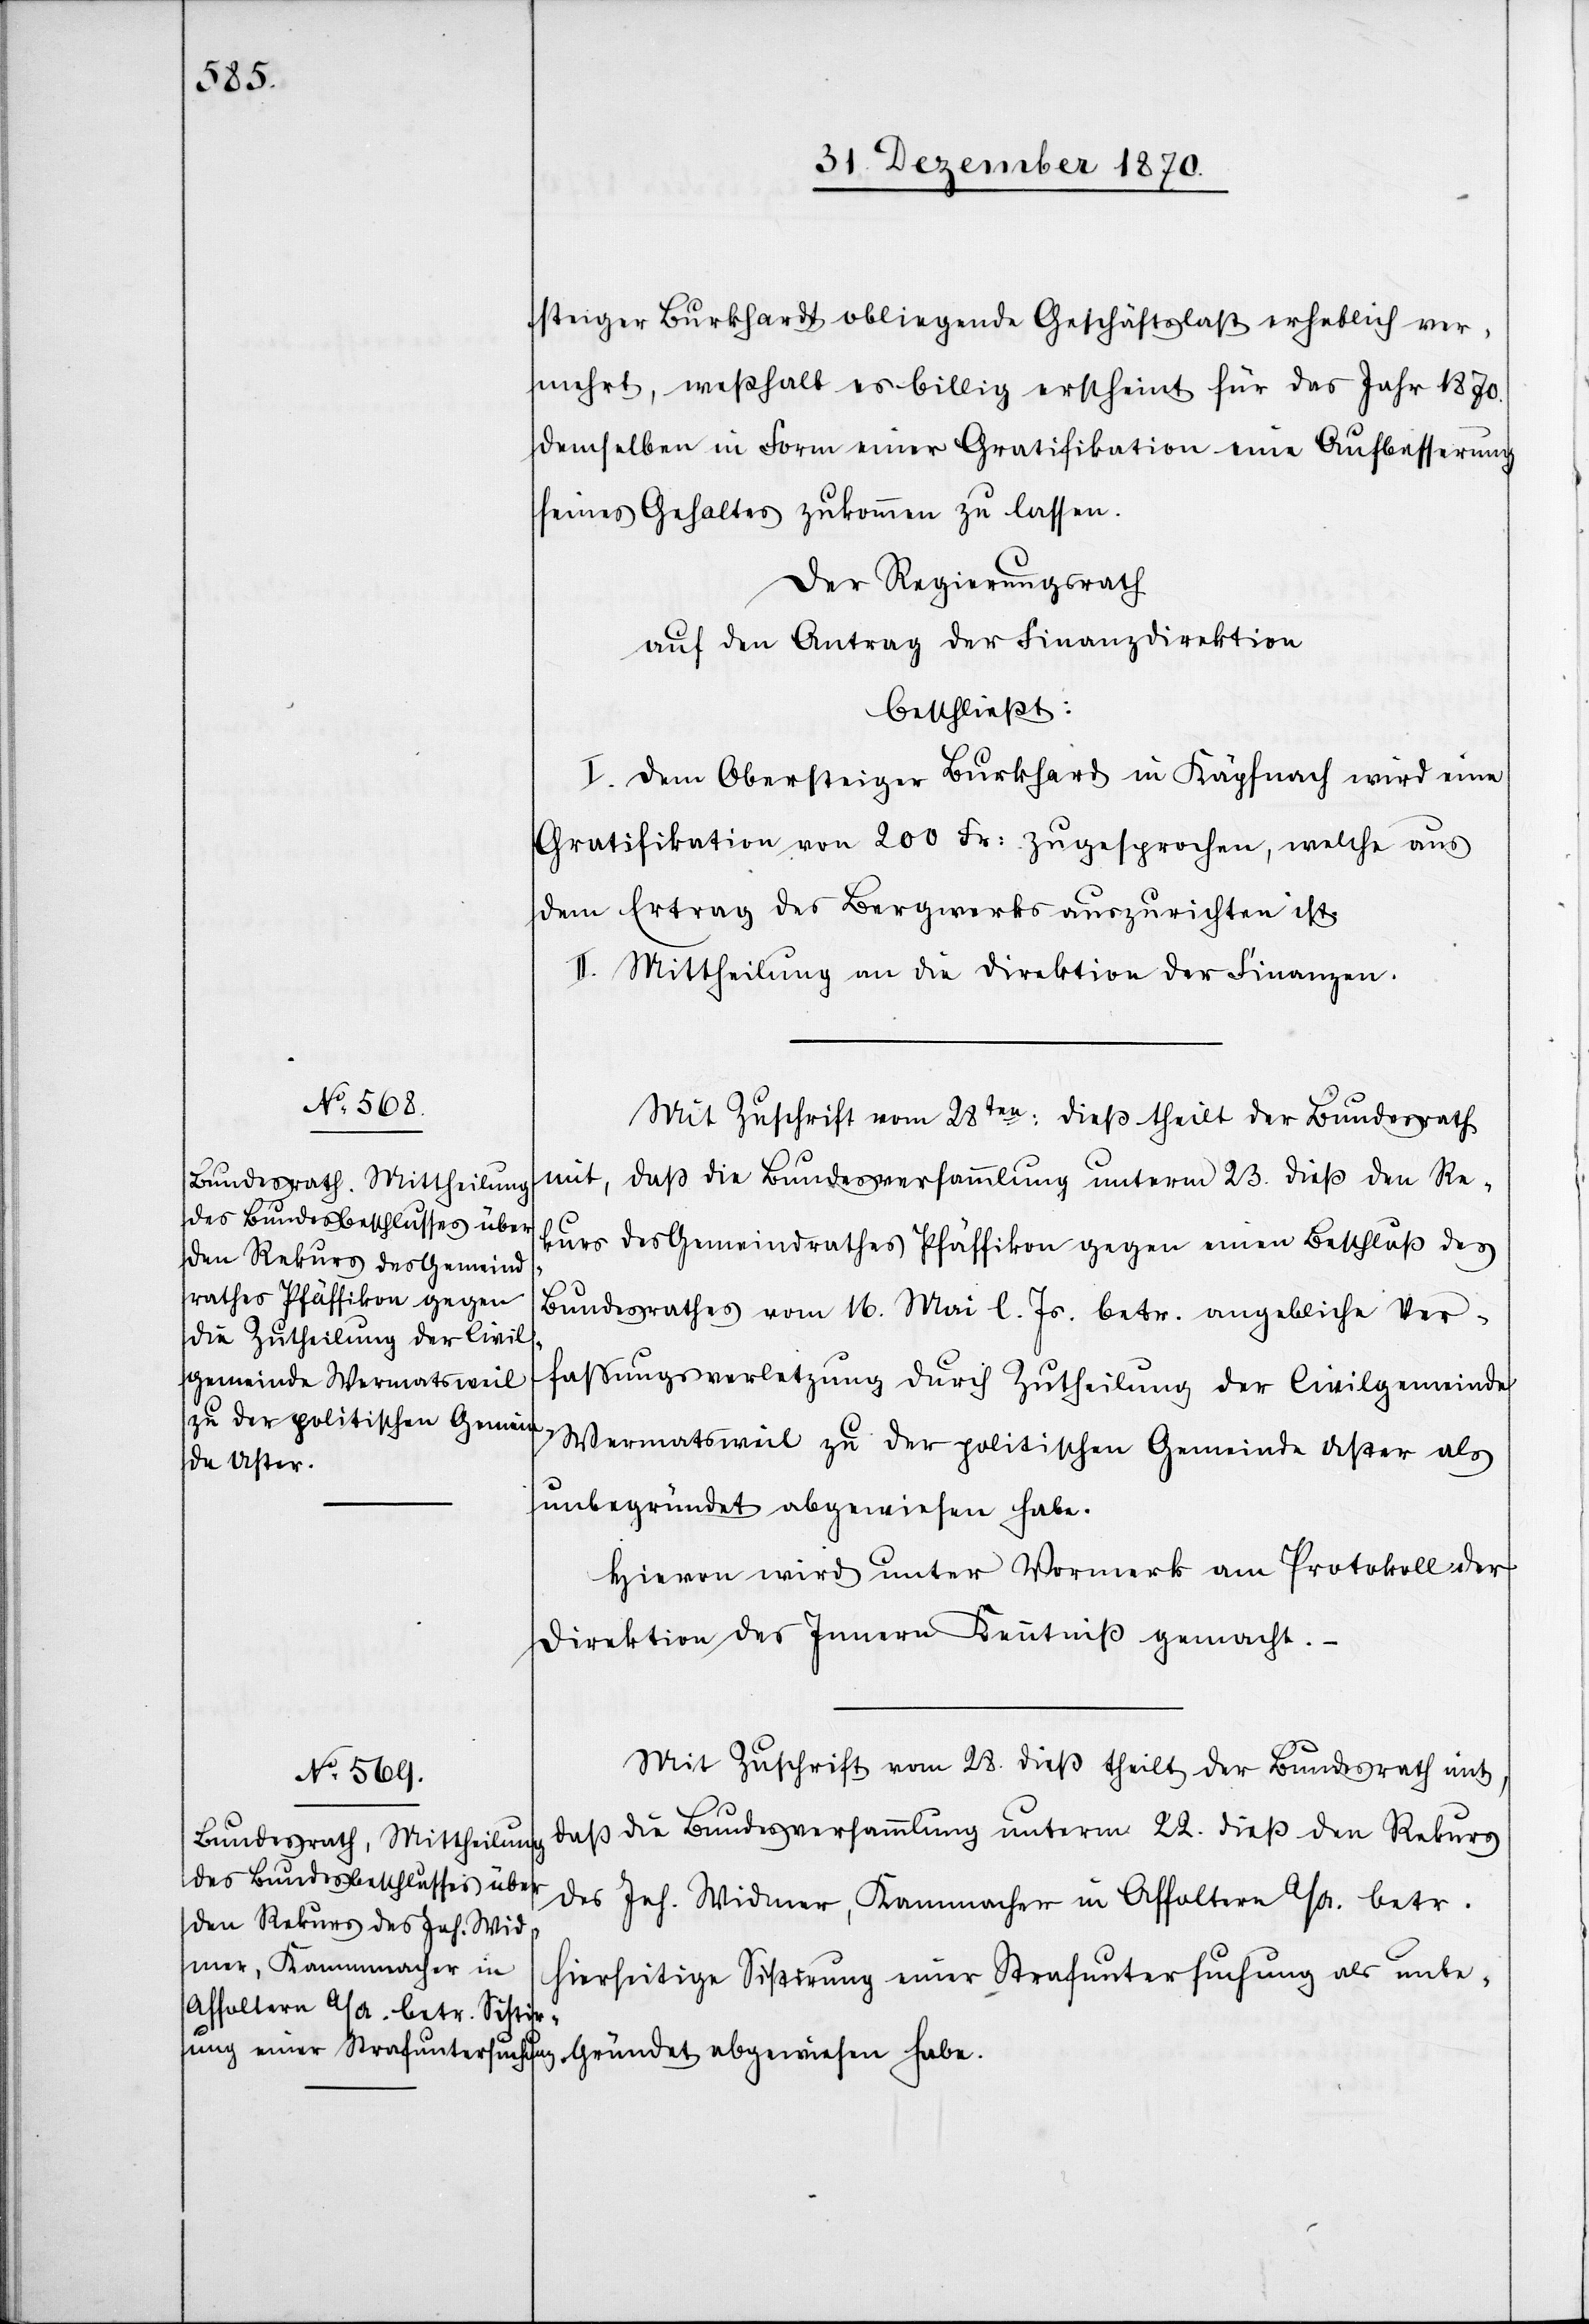
steiger Burkhardt obligende Geschäftslast erheblich ver¬
mehrt, weßhalb es billig erscheint für das Jahr 1870.
demselben ihn Form einer Gratifikation eine Aufbesserung
seines Gehaltes zukommen zu lassen.
Der Regierungsrath
auf den Antrag der Finanzdirektion
beschließt:
I. Dem Obersteiger Burkhard in Käpfnach wird eine
Gratifikation von 200 Fr: zugesprochen, welche aus
dem Betrag des Bergwerks auszurichten ist.
II. Mittheilung an die Direktion der Finanzen.
Mit Zuschrift vom 28ten: dieß theilt der Bundesrath
mit, daß die Bundesversammlung unterm 23. dieß den Re¬
kurs des Gemeindrathes Pfäffikon gegen einen Beschluß des
Bundesrathes vom 16. Mai l. Js. betr. angebliche Ver¬
faßungsverletzung durch Zutheilung der Civilgemeinde
Wermatsweil zu der politischen Gemeinde Uster als
unbegründet abgewiesen habe.
Hievon wird unter Vormerk am Protokoll der
Direktion des Innern Kenntniß gemacht.
daß die Bundesversammlung unterm 22. dieß den Rekurs
des Joh. Widmer, Kammacher in Affoltern a/A. betr.
hierseitige Sistirung einer Strafuntersuchung als unbe¬
gründet abgewiesen habe.